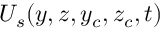
U _ { s } ( y , z , y _ { c } , z _ { c } , t )